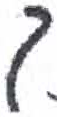
אות: ך